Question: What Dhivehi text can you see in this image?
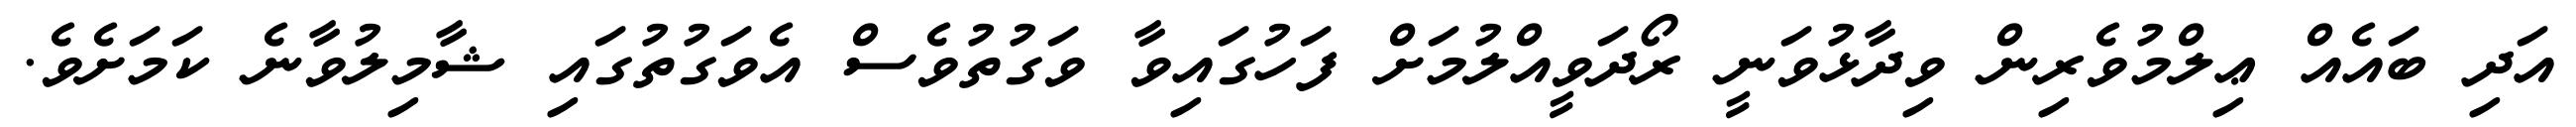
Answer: އަދި ބައެއް ޢިލްމުވެރިން ވިދާޅުވަނީ ރޯދަވީއްލުމަށް ފަހުގައިވާ ވަގުތުވެސް އެވަގުތުގައި ޝާމިލުވާނެ ކަމަށެވެ.